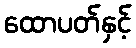
ထောပတ်နှင့်